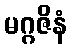
မဂ္ဂဇိနံ